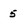
Character: 5